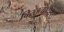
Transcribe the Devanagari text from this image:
विस्तृतप्रदेश